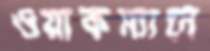
ওয়াকম্যানে